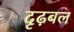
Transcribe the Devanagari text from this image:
दृढ़बल